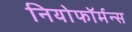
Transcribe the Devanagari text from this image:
नियोफॉर्मन्स